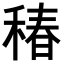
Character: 𥠔